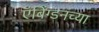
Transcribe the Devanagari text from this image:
ऍबिंग्डनच्या